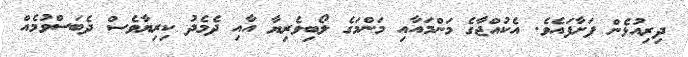
ދިރިއުޅެން ފަށާފައެވެ. އެކުއްޖާގެ މަންމައާއި މަންމަގެ ލޯބިވެރިޔާ އާއި ދެމެދު ކިރިޔާވެސް ދެބަސްވުމެއް